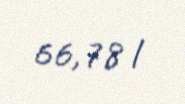
66,78 l